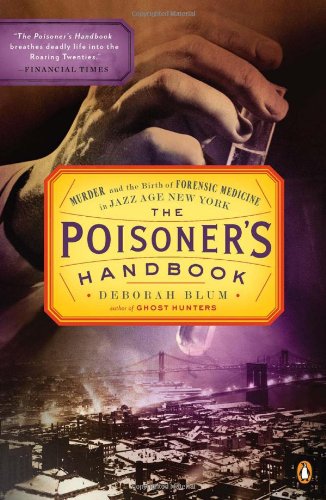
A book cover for The Poisoner's Handbook: Murder and the Birth of Forensic Medicine in Jazz Age New York; Deborah Blum; Medical Books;